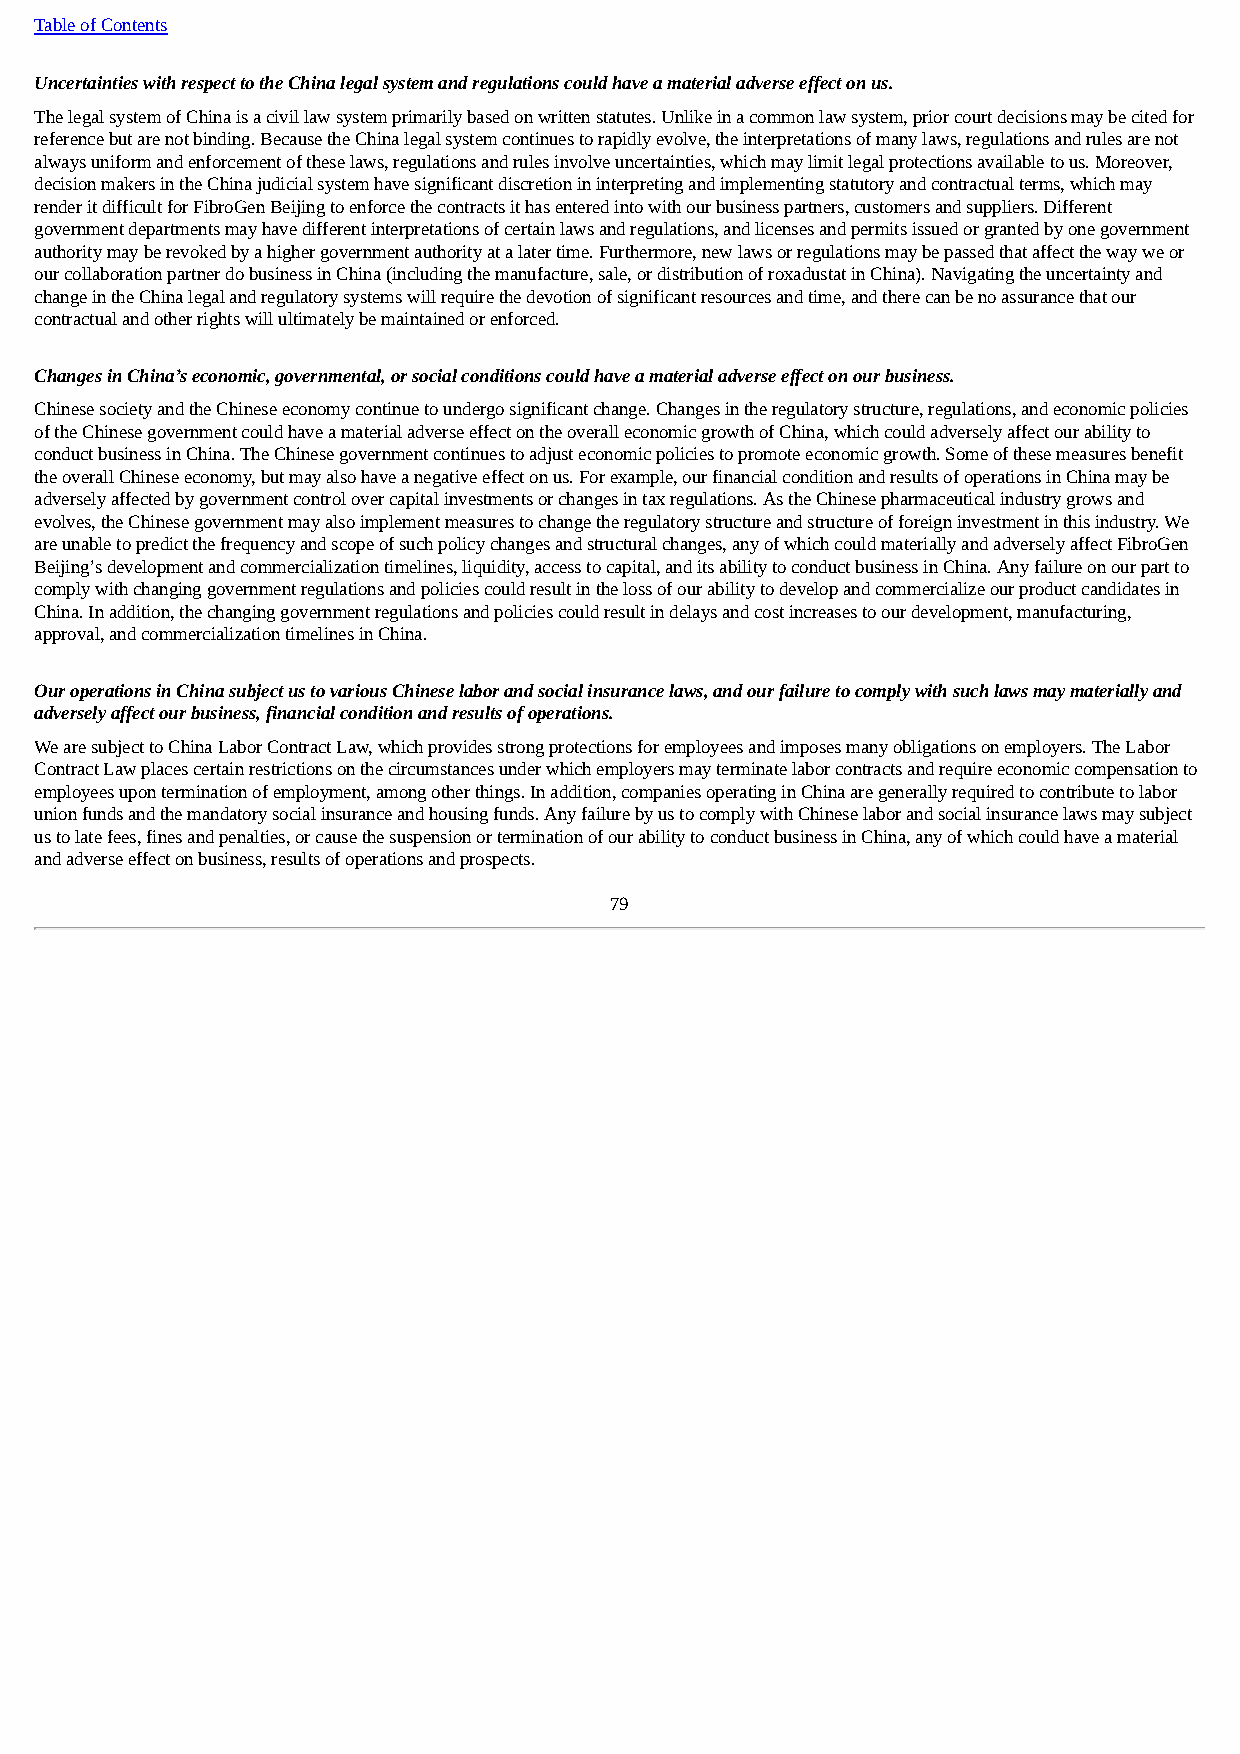
Table of Contents
 Uncertainties with respect to the China legal system and regulations could have a material adverse effect on us.
 The legal system of China is a civil law system primarily based on written statutes. Unlike in a common law system, prior court decisions may be cited for
 reference but are not binding. Because the China legal system continues to rapidly evolve, the interpretations of many laws, regulations and rules are not
 always uniform and enforcement of these laws, regulations and rules involve uncertainties, which may limit legal protections available to us. Moreover,
 decision makers in the China judicial system have significant discretion in interpreting and implementing statutory and contractual terms, which may
 render it difficult for FibroGen Beijing to enforce the contracts it has entered into with our business partners, customers and suppliers. Different
 government departments may have different interpretations of certain laws and regulations, and licenses and permits issued or granted by one government
 authority may be revoked by a higher government authority at a later time. Furthermore, new laws or regulations may be passed that affect the way we or
 our collaboration partner do business in China (including the manufacture, sale, or distribution of roxadustat in China). Navigating the uncertainty and
 change in the China legal and regulatory systems will require the devotion of significant resources and time, and there can be no assurance that our
 contractual and other rights will ultimately be maintained or enforced.
 Changes in China’s economic, governmental, or social conditions could have a material adverse effect on our business.
 Chinese society and the Chinese economy continue to undergo significant change. Changes in the regulatory structure, regulations, and economic policies
 of the Chinese government could have a material adverse effect on the overall economic growth of China, which could adversely affect our ability to
 conduct business in China. The Chinese government continues to adjust economic policies to promote economic growth. Some of these measures benefit
 the overall Chinese economy, but may also have a negative effect on us. For example, our financial condition and results of operations in China may be
 adversely affected by government control over capital investments or changes in tax regulations. As the Chinese pharmaceutical industry grows and
 evolves, the Chinese government may also implement measures to change the regulatory structure and structure of foreign investment in this industry. We
 are unable to predict the frequency and scope of such policy changes and structural changes, any of which could materially and adversely affect FibroGen
 Beijing’s development and commercialization timelines, liquidity, access to capital, and its ability to conduct business in China. Any failure on our part to
 comply with changing government regulations and policies could result in the loss of our ability to develop and commercialize our product candidates in
 China. In addition, the changing government regulations and policies could result in delays and cost increases to our development, manufacturing,
 approval, and commercialization timelines in China.
 Our operations in China subject us to various Chinese labor and social insurance laws, and our failure to comply with such laws may materially and
 adversely affect our business, financial condition and results of operations.
 We are subject to China Labor Contract Law, which provides strong protections for employees and imposes many obligations on employers. The Labor
 Contract Law places certain restrictions on the circumstances under which employers may terminate labor contracts and require economic compensation to
 employees upon termination of employment, among other things. In addition, companies operating in China are generally required to contribute to labor
 union funds and the mandatory social insurance and housing funds. Any failure by us to comply with Chinese labor and social insurance laws may subject
 us to late fees, fines and penalties, or cause the suspension or termination of our ability to conduct business in China, any of which could have a material
 and adverse effect on business, results of operations and prospects.
 79